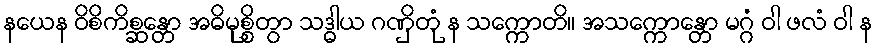
နယေန ဝိစိကိစ္ဆန္တော အဓိမုစ္စိတွာ သဒ္ဓါယ ဂဏှိတုံ န သက္ကောတိ။ အသက္ကောန္တော မဂ္ဂံ ဝါ ဖလံ ဝါ န